Account of plague administration in the Bombay Presidency from September 1896 till May 1897
Year: 1896
Disease focus: Plague
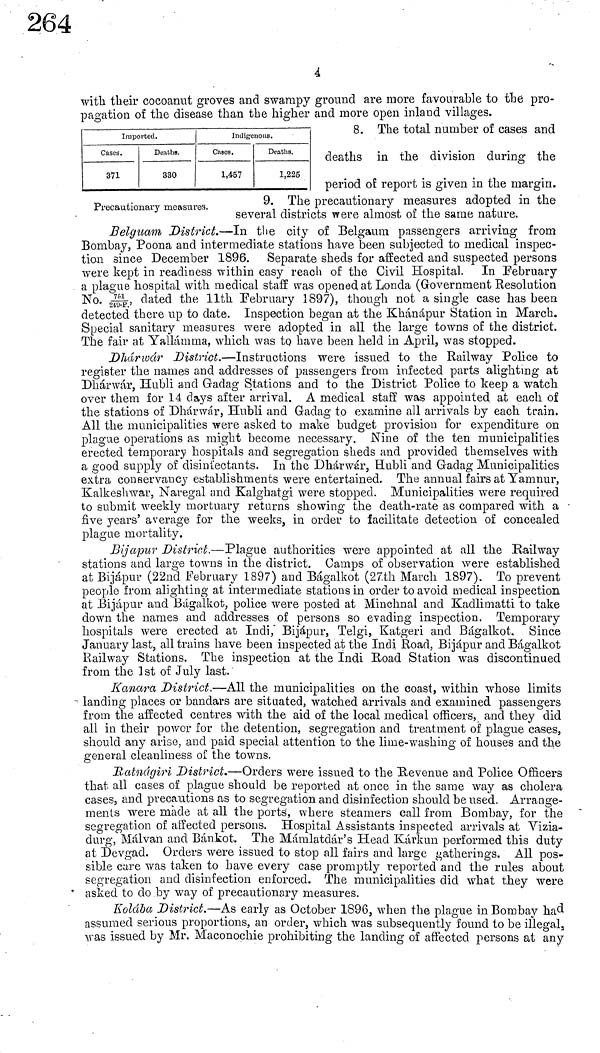
4
with their cocoanut groves and swampy ground are more favourable to the pro-
pagation of the disease than the higher and more open inland villages.
Imported.
Cases.
371
Deaths.
330
Indigenous.
Cages.
1,457
Deaths.
1,225
8. The total number of cases and
deaths in the division during the
period oí report is given in the margin.
Precautionary measures.
9. The precautionary measures adopted in the
several districts were almost of the same nature.
Belguam District.—In the city of Belgaum passengers arriving from
Bombay, Poona and intermediate stations have been subjected to medical inspec-
tion since December 1896.
Separate sheds for affected and suspected persons
were kept in readiness within easy reach of the Civil Hospital. In February
a plague hospital with medical staff was opened at Londa (Government Resolution
No-751 dated the 11th February 1897), though not a single case has been
detected there up to date. Inspection began at the Khánápur Station in March.
Special sanitary measures were adopted in all the large towns of the district.
The fair at Yallámma, which was to have been held in April, was stopped.
Dhárwár District.—Instructions were issued to the Railway Police to
register the names and addresses of passengers from infected parts alighting at
Dhárwár, Hubli and Gradag Stations and to the District Police to keep a watch
over them for 14 days after arrival. A medical staff was appointed at each of
the stations of Dhárwár, Hubli and Gadag to examine all arrivals by each train.
All the municipalities were asked to make budget provision for expenditure on
plague operations as might become necessary. Nine of the ten municipalities
erected temporary hospitals and segregation sheds and provided themselves with
a good supply of disinfectants. In the Dhárwár, Hubli and Gradag Municipalities
extra conservancy establishments were entertained. The annual fairs at Yamnur,
Kalkeshwar, Naregal and Kalghatgi were stopped. Municipalities were required
to submit weekly mortuary returns showing the death-rate as compared with a
five years' average for the weeks, in order to facilitate detection of concealed
plague mortality.
Bijapur District.—Plague authorities were appointed at all the Railway
stations and large towns in the district. Camps of observation were established
at Bijápur (22nd February 1897) and Bágalkot (27th March 1897). To prevent
people from alighting at intermediate stations in order to avoid medical inspection
at Bijápur and Bágalkot, police were posted at Minchnal and Kadlimatti to take
down the names and addresses of persons so evading inspection. Temporary
hospitals were erected at Indi, Bijápur, Telgi, Katgeri and Bágalkot. Since
January last, all trains have been inspected at the Indi Road, Bijápur and Bágalkot
Railway Stations. The inspection at the Indi Road Station was discontinued
from the 1st of July last.
Kanara District.—All the municipalities on the coast, within whose limits
landing places or bandars are situated, watched arrivals and examined passengers
from the affected centres with the aid of the local medical officers, and they did
all in their power for the detention, segregation and treatment of plague cases,
should any arise, and paid special attention to the lime-washing of houses and the
general cleanliness oí the towns.
Ratnágiri District.—Orders were issued to the Revenue and Police Officers
that all cases of plague should be reported at once in the same way as cholera
cases, and precautions as to segregation and disinfection should be used. Arrange-
ments were made at all the ports, where steamers call from Bombay, for the
segregation of affected persons. Hospital Assistants inspected arrivals at Vizia-
durg, Malvan and Bánkot. The Mámlatdár's Head Kárkun performed this duty
at Devgad. Orders were issued to stop all fairs and large gatherings. All pos-
sible care was taken to have every case promptly reported and the rules about
segregation and disinfection enforced. The municipalities did what they were
asked to do by way of precautionary measures.
Koldba District.—As early as October 1896, when the plague in Bombay had
assumed serious proportions, an order, which was subsequently found to be illegal,
was issued by Mr. Maconochie prohibiting the landing of affected persons at any